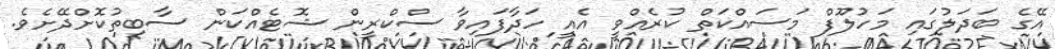
އޭގެ ބަދަލުގައި މަހުލޫފް މަސައްކަތް ކުރެއްވީ އެއީ ހަދާފައިވާ ސްކްރީން ޝޮޓެއްކަން ސާބިތުކޮށްދޭށެވެ.